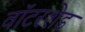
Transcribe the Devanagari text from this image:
वॉटरशेड